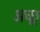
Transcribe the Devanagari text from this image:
अच्छू